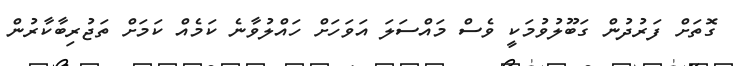
ގޮތަށް ފަރުދުން ގަބޫލުވުމަކީ ވެސް މައްސަލަ އަވަހަށް ހައްލުވާނެ ކަމެއް ކަމަށް ތަޖުރިބާކާރުން